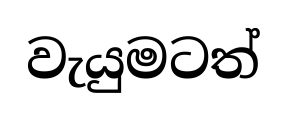
වැයුමටත්